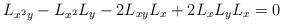
LaTeX: \begin{align*}L_{x^2y}-L_{x^2}L_y-2L_{xy}L_x+2L_xL_yL_x=0\end{align*}